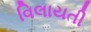
વિલાયતી